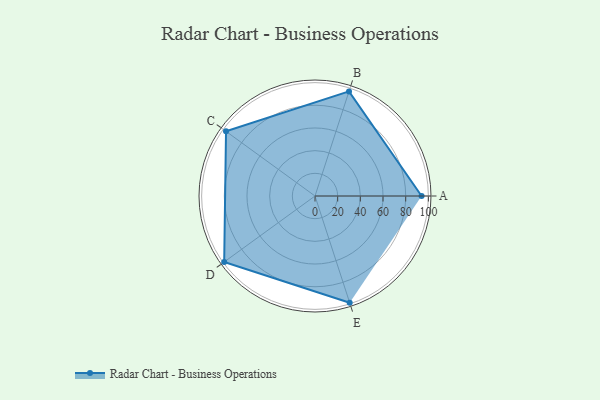
{"axis": {"x": "Skill", "y": "Score"}, "legend": ["Profile"], "data": [{"x": "A", "y": 94.0, "type": "Profile"}, {"x": "B", "y": 97.0, "type": "Profile"}, {"x": "C", "y": 97.0, "type": "Profile"}, {"x": "D", "y": 99, "type": "Profile"}, {"x": "E", "y": 99, "type": "Profile"}]}